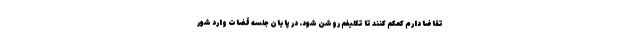
تقاضا دارم کمکم کنند تا تکلیفم روشن شود. در پایان جلسه قضات وارد شور